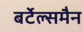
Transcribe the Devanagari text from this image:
बर्टेल्समैन